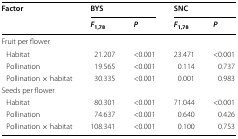
<table><thead><tr><td rowspan="2"><b>Factor</b></td><td colspan="2"><b>BYS</b></td><td colspan="2"><b>SNC</b></td></tr><tr><td><b><i>F</i><sub>1,78</sub></b></td><td><b><i>P</i></b></td><td><b><i>F</i><sub>1,78</sub></b></td><td><b><i>P</i></b></td></tr></thead><tbody><tr><td colspan="5">Fruit per flower</td></tr><tr><td> Habitat</td><td>21.207</td><td>&lt;0.001</td><td>23.471</td><td>&lt;0.001</td></tr><tr><td> Pollination</td><td>19.565</td><td>&lt;0.001</td><td>0.114</td><td>0.737</td></tr><tr><td> Pollination × habitat</td><td>30.335</td><td>&lt;0.001</td><td>0.001</td><td>0.983</td></tr><tr><td colspan="5">Seeds per flower</td></tr><tr><td> Habitat</td><td>80.301</td><td>&lt;0.001</td><td>71.044</td><td>&lt;0.001</td></tr><tr><td> Pollination</td><td>74.637</td><td>&lt;0.001</td><td>0.640</td><td>0.426</td></tr><tr><td> Pollination × habitat</td><td>108.341</td><td>&lt;0.001</td><td>0.100</td><td>0.753</td></tr></tbody></table>